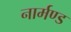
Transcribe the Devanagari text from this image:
नार्मण्ड